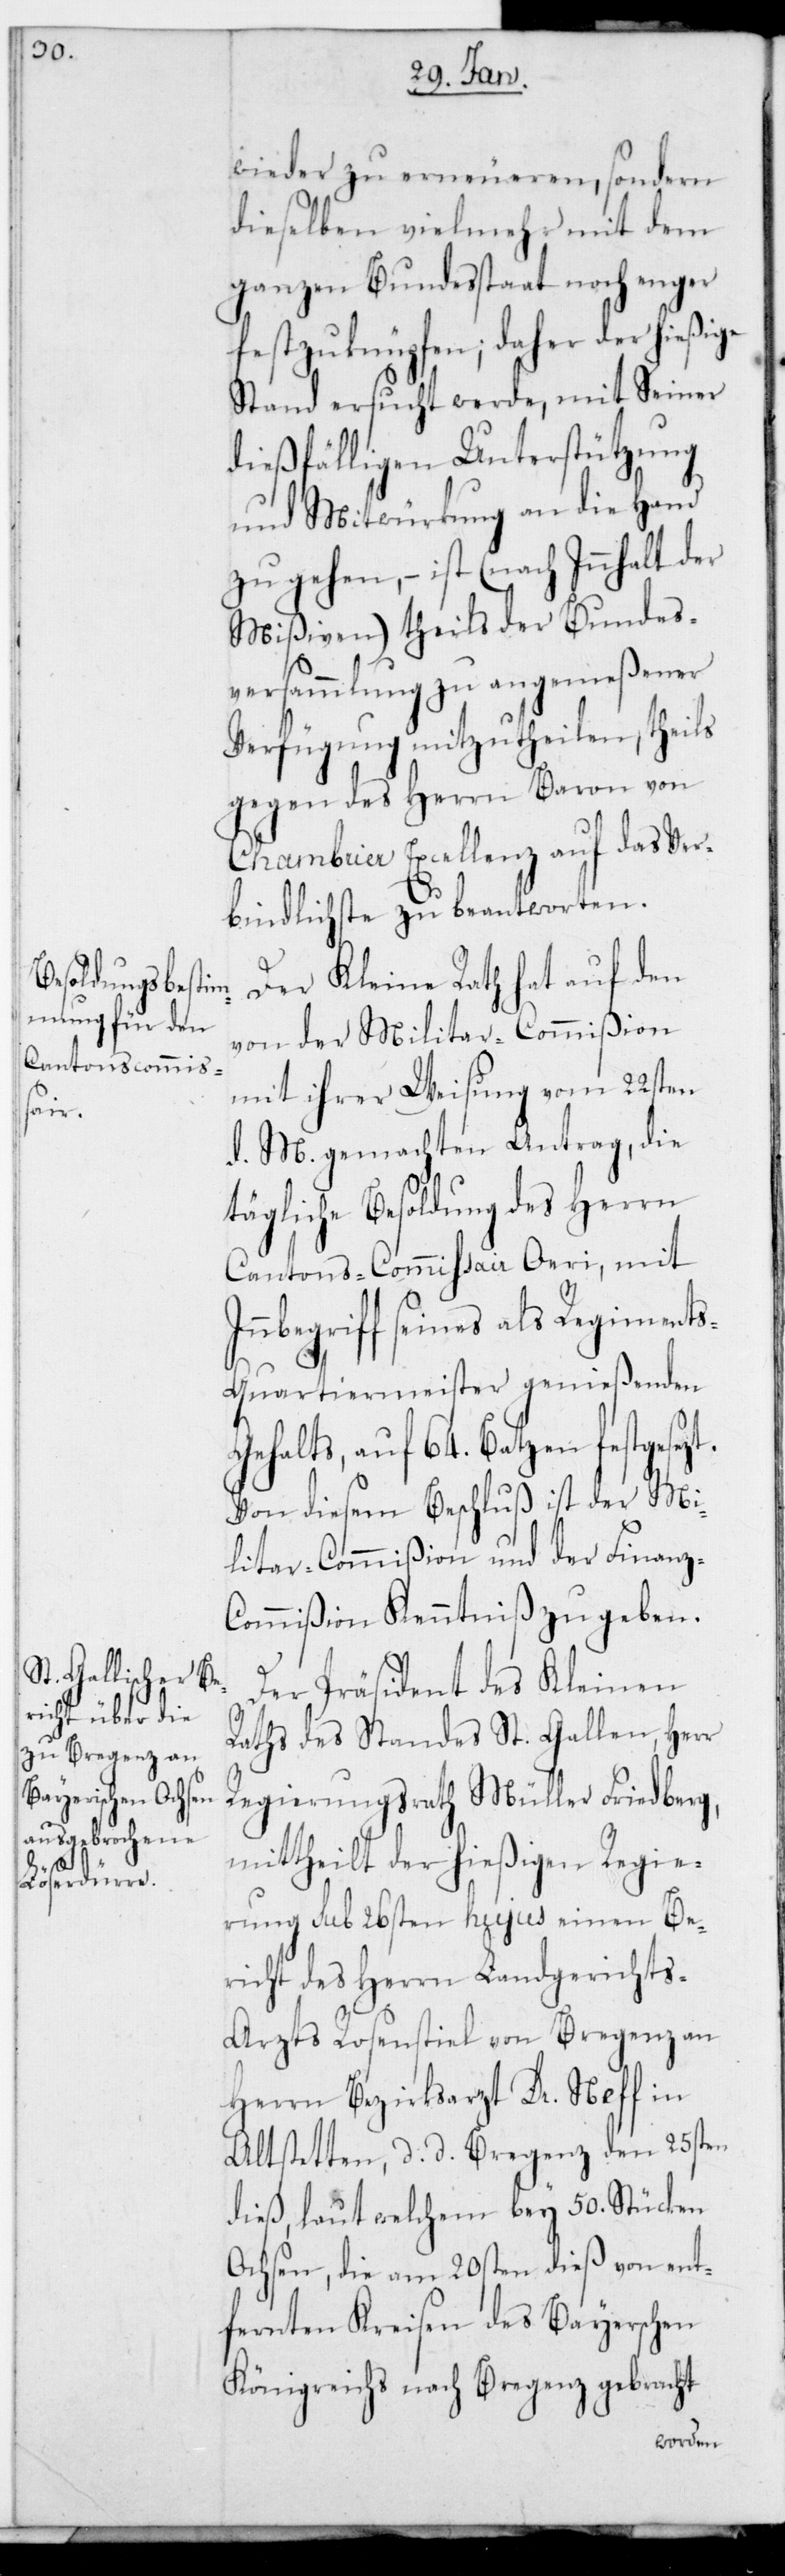
t.

wieder zu erneueren, sondern
dieselben vielmehr mit dem
ganzen Bundeßtaat noch enger
festzuknüpfen; daher der hießige
Stand ersucht werde, mit seiner
dießfälligen Unterstützung
und Mitwürkung an die Hand
zu gehen, – ist (nach Innhalt der
Mißiven) theils der Bundes¬
versammlung zu angemeßener
Verfügung mitzutheilen, theils
gegen des Herrn Baron von
Chambrier Excellenz auf das Ver¬
bindlichste zu beantworten.
Der Kleine Rath hat auf den
von der Militar-Commißion
mit ihrer Weisung vom 22sten
d. M. gemachten Antrag, die
tägliche Besoldung des Herrn
Cantonscommißair Oeri, mit
Inbegriff seines als Regiment¬
s-Quartiermeister genießenden
Gehalts, auf 64. Batzen festgesez¬
Von diesem Beschluß ist der Mi¬
litar-Commißion und der Finanz¬
commißion Kenntniß zu geben.
Der Präsident des Kleinen
Raths des Standes St. Gallen, Herr
Regierungsrath Müller Friedberg,
mittheilt der hießigen Regie¬
rung sub 26sten hujus einen Be¬
richt des Herrn Landgerichts-A¬
rzts Rosenstiel von Bregenz an
Herrn Bezirksarzt Dr. Neff in
Altstätten, d. d. Bregenz den 25sten
dieß, laut welchem bey 50. Stücken
Ochsen, die am 20sten dieß von ent¬
fernten Kreisen des Bayerischen
Königreichs nach Bregenz gebracht